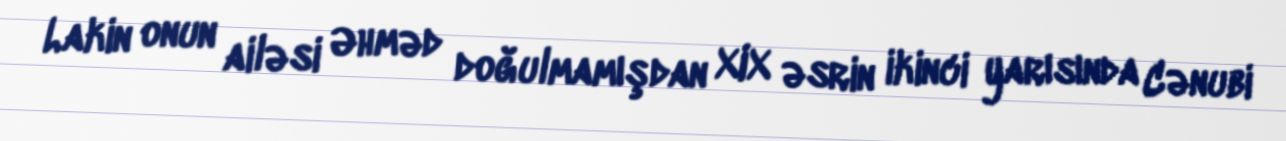
Lakin onun ailəsi Əhməd doğulmamışdan XIX əsrin ikinci yarısında Cənubi